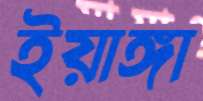
ইয়াঙ্গা